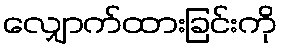
လျှောက်ထားခြင်းကို